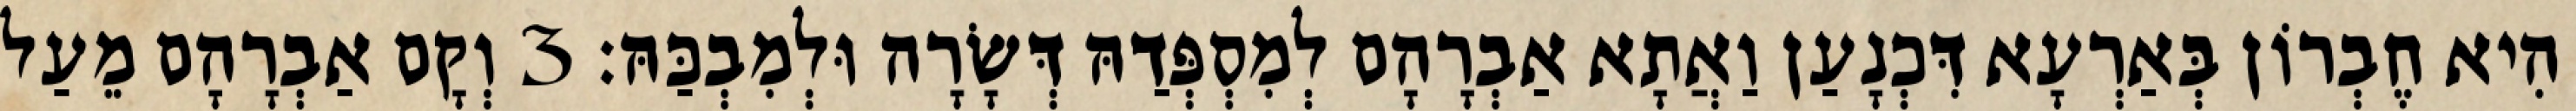
הִיא חֶבְרוֹן בְּאַרְעָא דִּכְנָעַן וַאֲתָא אַבְרָהָם לְמִסְפְּדַהּ דְּשָׂרָה וּלְמִבְכַּהּ׃ 3 וְקָם אַבְרָהָם מֵעַל